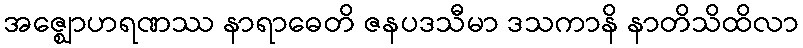
အဇ္ဈောဟရဏဿ နာရာဓေတိ ဇနပဒသီမာ ဒသကာနိ နာတိသိထိလာ